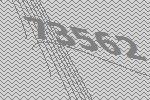
73562